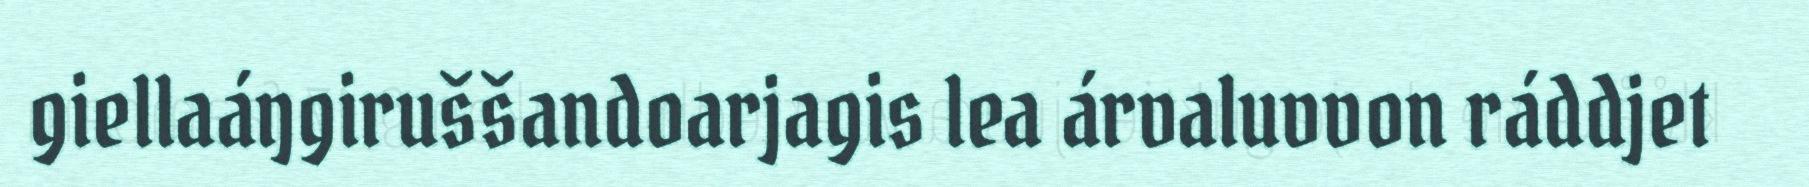
giellaáŋgiruššandoarjagis lea árvaluvvon ráddjet